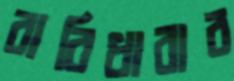
বারিধারার